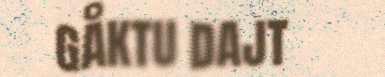
GÅKTU DAJT